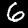
Label: 6